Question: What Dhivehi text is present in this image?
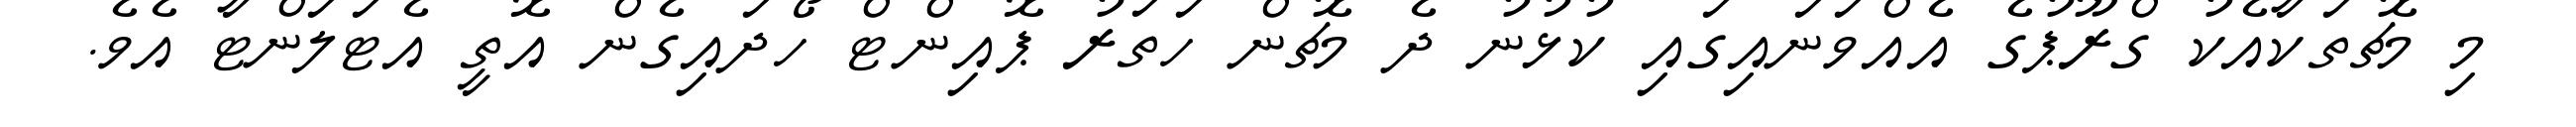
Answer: މި މެޗުތަކާއެކު ގްރޫޕުގެ އެއްވަނައިގައި ކުޅުނު ދެ މެޗުން ހަތަރު ޕޮއިންޓް ހޯދައިގެން އޮތީ އެޓަލަންޓާ އެވެ.